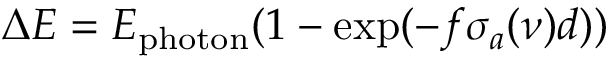
\Delta E = E _ { \mathrm { p h o t o n } } ( 1 - \exp ( - f \sigma _ { a } ( \nu ) d ) )